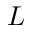
L